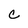
Character: c